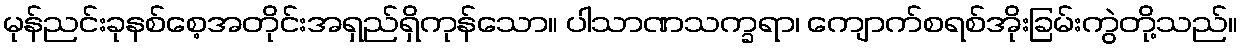
မုန်ညင်းခုနစ်စေ့အတိုင်းအရှည်ရှိကုန်သော။ ပါသာဏသက္ခရာ၊ ကျောက်စရစ်အိုးခြမ်းကွဲတို့သည်။